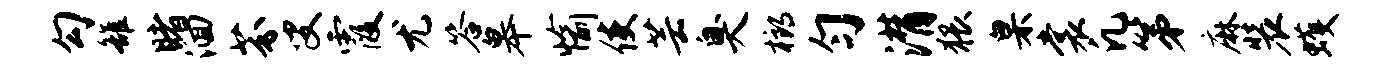
勾雒睹洄芬叟霞尤答皋愉使芸臭榔匀潸猥臬裳凡第麻装蠖